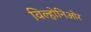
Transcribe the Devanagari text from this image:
विल्होनिओर